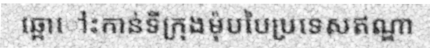
ឆ្ពោៅះកាន់ទីក្រុងម៉ុបបៃប្រទេសឥណ្ឌា